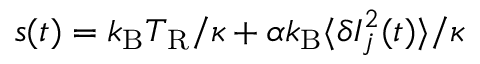
s ( t ) = k _ { \mathrm { B } } T _ { \mathrm { R } } / \kappa + \alpha k _ { \mathrm { B } } \langle \delta I _ { j } ^ { 2 } ( t ) \rangle / \kappa